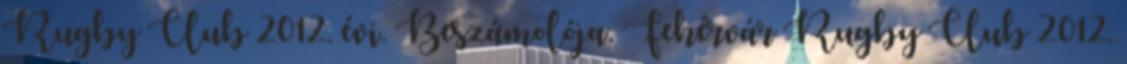
Rugby Club 2012. évi. Beszámolója. Fehérvár Rugby Club 2012.